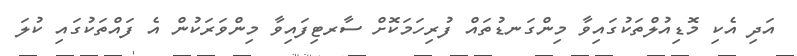
އަދި އެކި މޮޑިއުލްތަކުގައިވާ މިންގަނޑުތައް ފުރިހަމަކޮށް ސާރޓިފައިވާ މިންވަރަކުން އެ ފައްތަކުގައި ކުލަ